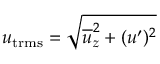
u _ { \mathrm { t r m s } } = \sqrt { \overline { { u } } _ { z } ^ { 2 } + ( u ^ { \prime } ) ^ { 2 } }